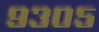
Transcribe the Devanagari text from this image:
९३०५